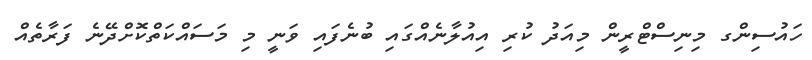
ހައުސިންގ މިނިސްޓްރީން މިއަދު ކުރި އިއުލާނެއްގައި ބުނެފައި ވަނީ މި މަސައްކަތްކޮށްދޭނެ ފަރާތެއް